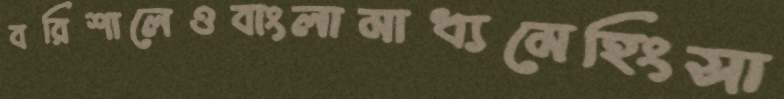
বরিশালেওবাংলামাধ্যমেহিংসা